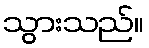
သွားသည်။